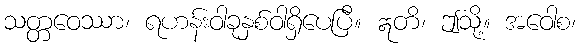
သတ္တဝေဿာ၊ ရဟန်းဝါခုနှစ်ဝါရှိပေပြီ။ ဣတိ၊ ဤသို့။ အဝေါစ၊